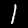
Digit: 1